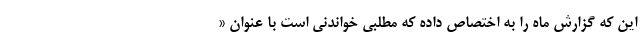
این که گزارش ماه را به اختصاص داده که مطلبی خواندنی است با عنوان «